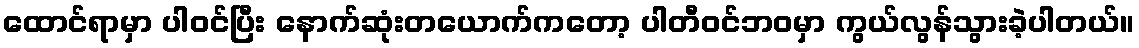
ထောင်ရာမှာ ပါဝင်ပြီး နောက်ဆုံးတယောက်ကတော့ ပါတီဝင်ဘဝမှာ ကွယ်လွန်သွားခဲ့ပါတယ်။